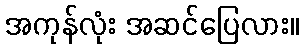
အကုန်လုံး အဆင်ပြေလား။